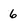
Character: 6